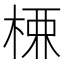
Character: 𭪚